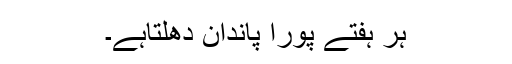
ہر ہفتے پورا پاندان دھلتاہے۔